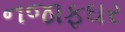
નજાફઘર